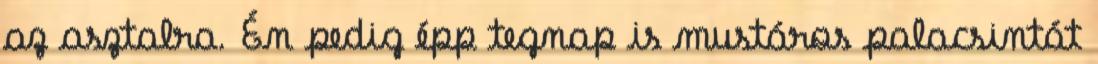
az asztalra. Én pedig épp tegnap is mustáros palacsintát